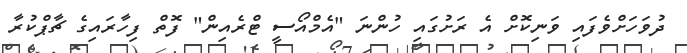
ދުވަހަށްވެފައި ވަނިކޮށް އެ ރަށުގައި ހުންނަ "އެމްއޯސީ ޓްރެއިން" ފޮތް ފިހާރައިގެ ޗާޕްކުރާ